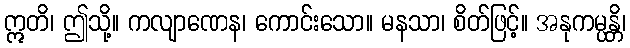
ဣတိ၊ ဤသို့။ ကလျာဏေန၊ ကောင်းသော။ မနသာ၊ စိတ်ဖြင့်။ အနုကမ္ပန္တိ၊